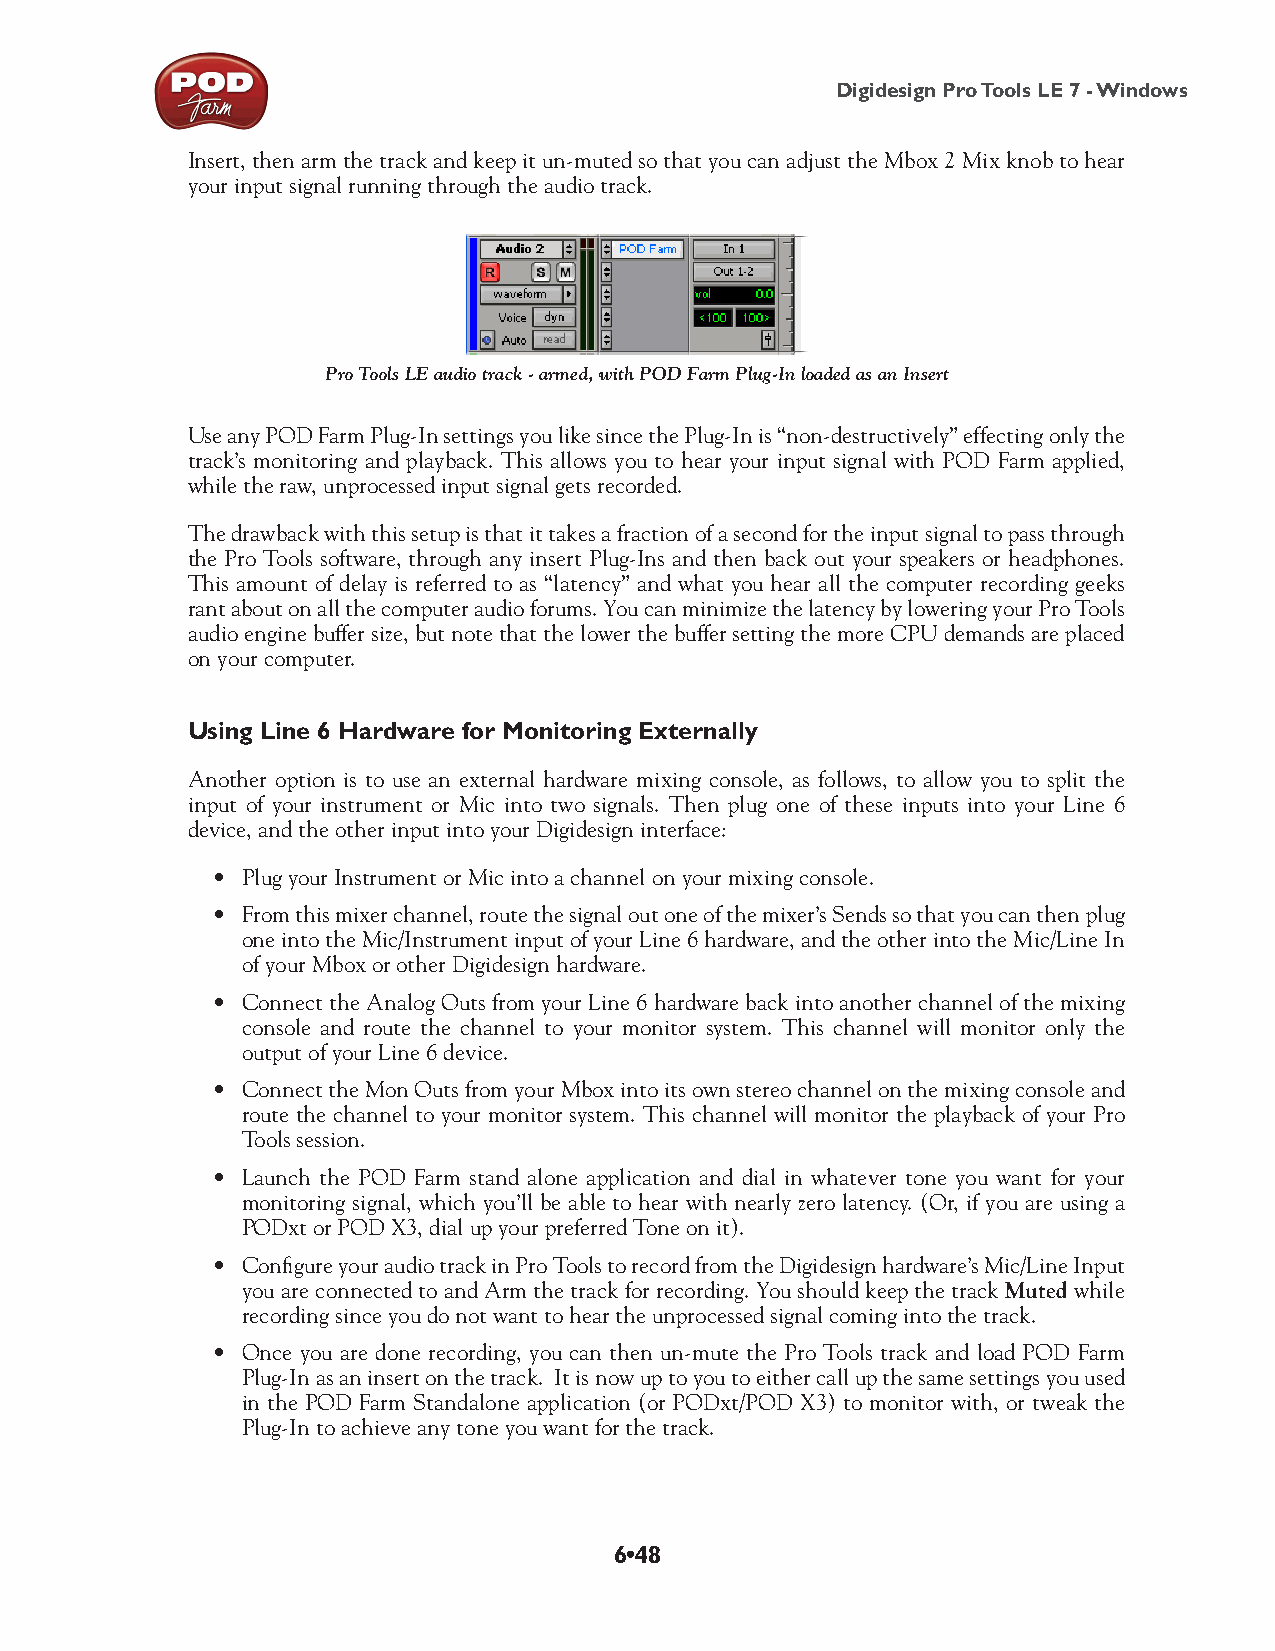
Digidesign Pro Tools LE 7 - Windows
 Insert, then arm the track and keep it un-muted so that you can adjust the Mbox 2 Mix knob to hear
 your input signal running through the audio track.
 Pro Tools LE audio track - armed, with POD Farm Plug-In loaded as an Insert
 Use any POD Farm Plug-In settings you like since the Plug-In is “non-destructively” effecting only the
 track’s monitoring and playback. This allows you to hear your input signal with POD Farm applied,
 while the raw, unprocessed input signal gets recorded.
 The drawback with this setup is that it takes a fraction of a second for the input signal to pass through
 the Pro Tools software, through any insert Plug-Ins and then back out your speakers or headphones.
 This amount of delay is referred to as “latency” and what you hear all the computer recording geeks
 rant about on all the computer audio forums. You can minimize the latency by lowering your Pro Tools
 audio engine buffer size, but note that the lower the buffer setting the more CPU demands are placed
 on your computer.
 Using Line 6 Hardware for Monitoring Externally
 Another option is to use an external hardware mixing console, as follows, to allow you to split the
 input of your instrument or Mic into two signals. Then plug one of these inputs into your Line 6
 device, and the other input into your Digidesign interface:
 • Plug your Instrument or Mic into a channel on your mixing console.
 • From this mixer channel, route the signal out one of the mixer’s Sends so that you can then plug
 one into the Mic/Instrument input of your Line 6 hardware, and the other into the Mic/Line In
 of your Mbox or other Digidesign hardware.
 • Connect the Analog Outs from your Line 6 hardware back into another channel of the mixing
 console and route the channel to your monitor system. This channel will monitor only the
 output of your Line 6 device.
 • Connect the Mon Outs from your Mbox into its own stereo channel on the mixing console and
 route the channel to your monitor system. This channel will monitor the playback of your Pro
 Tools session.
 • Launch the POD Farm stand alone application and dial in whatever tone you want for your
 monitoring signal, which you’ll be able to hear with nearly zero latency. (Or, if you are using a
 PODxt or POD X3, dial up your preferred Tone on it).
 • Configure your audio track in Pro Tools to record from the Digidesign hardware’s Mic/Line Input
 you are connected to and Arm the track for recording. You should keep the track Muted while
 recording since you do not want to hear the unprocessed signal coming into the track.
 • Once you are done recording, you can then un-mute the Pro Tools track and load POD Farm
 Plug-In as an insert on the track. It is now up to you to either call up the same settings you used
 in the POD Farm Standalone application (or PODxt/POD X3) to monitor with, or tweak the
 Plug-In to achieve any tone you want for the track.
 6•48